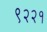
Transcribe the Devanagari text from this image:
९२२१